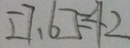
[ 7 , 6 ] = 4 2